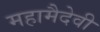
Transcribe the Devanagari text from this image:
महामैदेवी